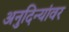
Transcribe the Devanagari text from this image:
अनुदिन्यांवर